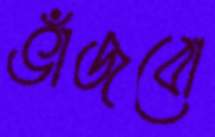
ভাঁজবো